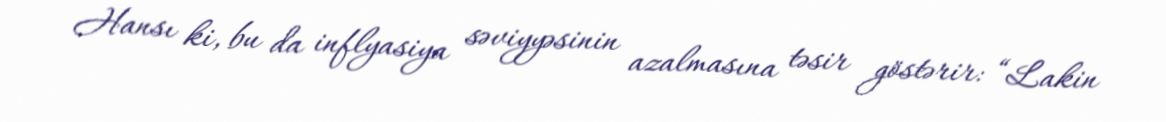
Hansı ki, bu da inflyasiya səviyyəsinin azalmasına təsir göstərir: “Lakin